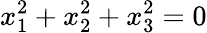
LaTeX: x_{1}^{2}+x_{2}^{2}+x_{3}^{2}=0